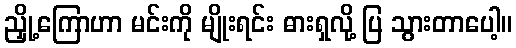
ညှို့ကြောဟာ မင်းကို မျိုးရင်း ဓားရှလို့ ပြ သွားတာပေါ့။